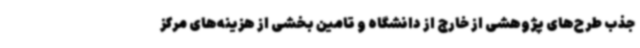
جذب طرح‌های پژوهشی از خارج از دانشگاه و تامین بخشی از هزینه‌های مرکز